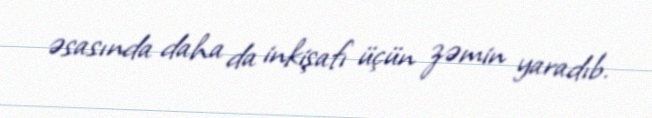
əsasında daha da inkişafı üçün zəmin yaradıb.